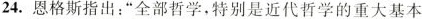
24.恩格斯指出：“全部哲学，特别是近代哲学的重大基本